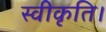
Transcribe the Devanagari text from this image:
स्वीकृति।